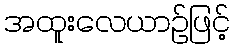
အထူးလေယာဉ်ဖြင့်